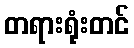
တရားရုံးတင်